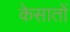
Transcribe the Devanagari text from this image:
केसातों